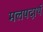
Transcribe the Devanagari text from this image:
मलपदार्थ